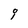
Character: g